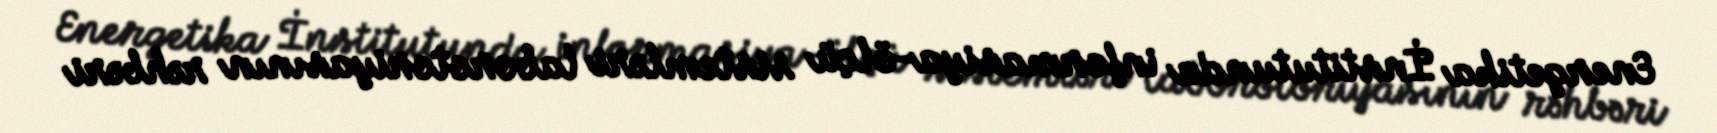
Energetika İnstitutunda informasiya-ölçü sistemləri laborotoriyasının rəhbəri